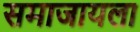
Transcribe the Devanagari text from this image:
समाजायला